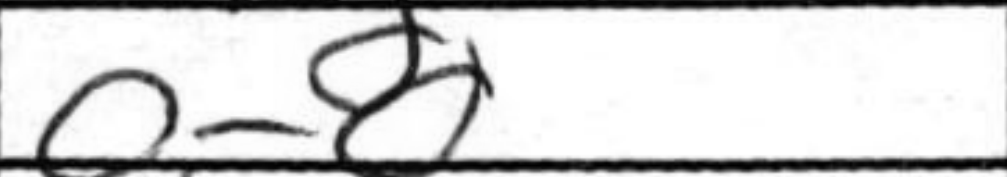
Transcription: O-O